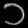
Digit: ၁